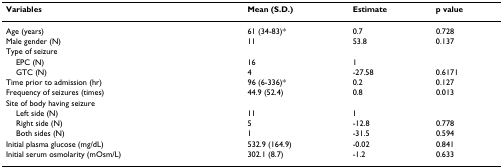
| Variables | Mean (S.D.) | Estimate | p value |
 | --- | --- | --- | --- |
 | Age (years) | 61 (34-83)* | 0.7 | 0.728 |
 | Male gender (N) | 11 | 53.8 | 0.137 |
 | Type of seizure |  |  |  |
 | EPC (N) | 16 | 1 |  |
 | GTC (N) | 4 | -27.58 | 0.6171 |
 | Time prior to admission (hr) | 96 (6-336)* | 0.2 | 0.127 |
 | Frequency of seizures (times) | 44.9 (52.4) | 0.8 | 0.013 |
 | Site of body having seizure |  |  |  |
 | Left side (N) | 11 | 1 |  |
 | Right side (N) | 5 | -12.8 | 0.778 |
 | Both sides (N) | 1 | -31.5 | 0.594 |
 | Initial plasma glucose (mg/dL) | 532.9 (164.9) | -0.02 | 0.841 |
 | Initial serum osmolarity (mOsm/L) | 302.1 (8.7) | -1.2 | 0.633 |